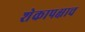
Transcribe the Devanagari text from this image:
शेकापक्षाच